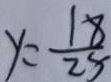
y = \frac { 1 8 } { 2 5 }